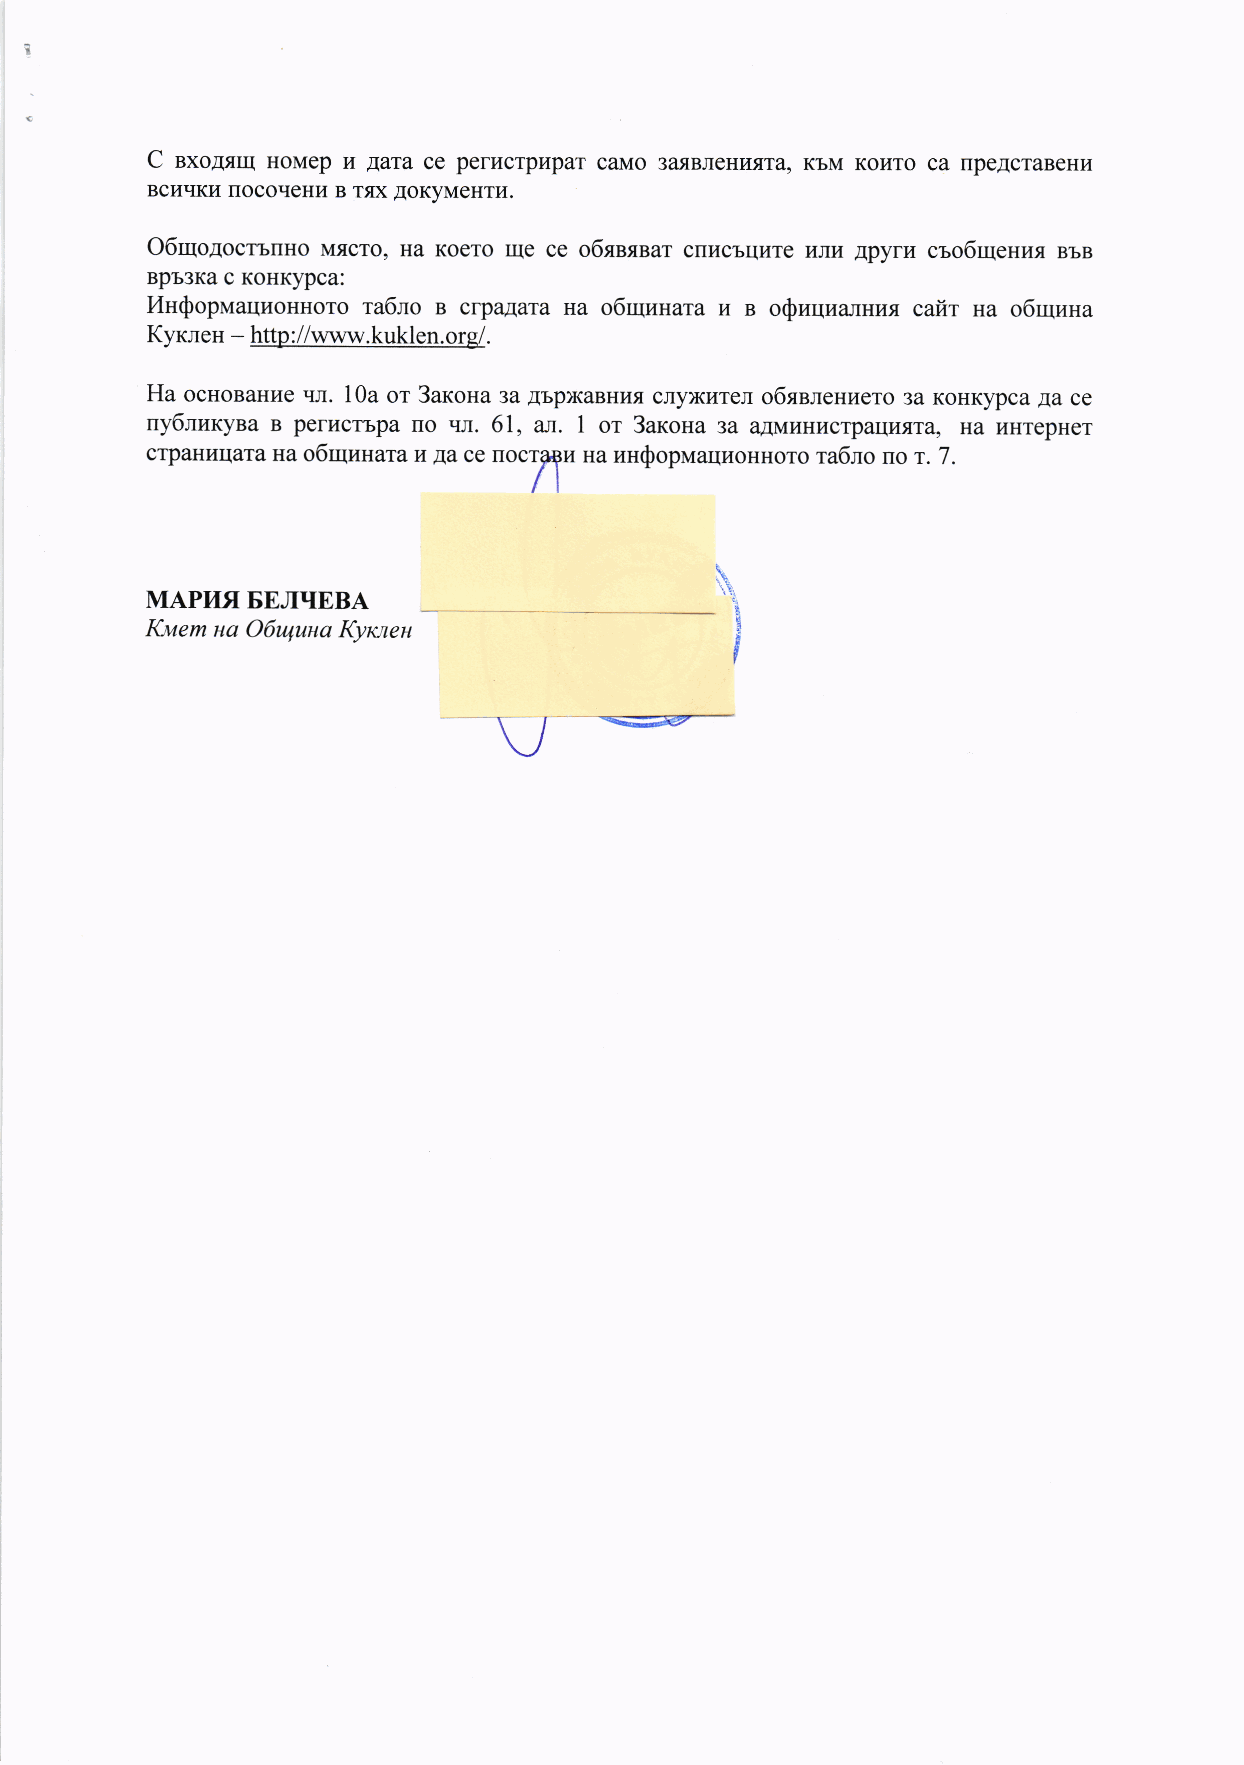
t
 (
 C sxoAq[I HoMep il Aara ce perucrpupar caMo 3arrBneHr.rsra, K6M KoHTo ca npeAcraBeHr{
 BCI{qKr,I [OCOqeHI,r B TffX AOKyMeHTr4.
 O6rqoaocmllHo Mrcro, Ha Koero Iue ce o6snssar cnrrcbrlr,rre uwt rpyrv cro6uleuuq BbB
 Bpb3Ka c KoHKypca:
 I,Iu(poprraaquoHHoro ra6ro B crparara Ha o6ulusara u n oSuqr.ransus. cail sa o6uluHa
 Kyxnen - http ://www.kuklen.org/.
 Ha ocuonaHue rrJI. 10a ot 3axosa 3a AbpxaBHr.r, cnyx[rer o6seaeHr.rero 3a KoHKypca Aa ce
 uy6m'Iryna B perrlcrapa rro rrJI. 61, ar. I or 3arcoua 3a aAMr.rHr4crpauurra, Ha uHTepHer
 crpaHr4rlara ua o6uuHataA Aa ce nocr?t,l+pr ua uusoprraauHoHHoro ra6lo no r. 7.
 L'*.
 MAPI{fl BEJIIIEBA
 {
 Kuem ua O1uquua Kyrcaeu
 5i
 !
 w                   I